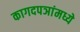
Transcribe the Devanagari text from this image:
कागदपञांमध्ये